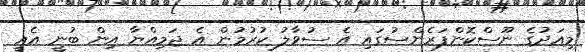
މިއަދުގެ ނޫސްކޮންފަރެންސުގައި އެ ސުވާލު ކުރުމުން އެ ޖަމިއްޔާ އިން ބުނީ އެއީ